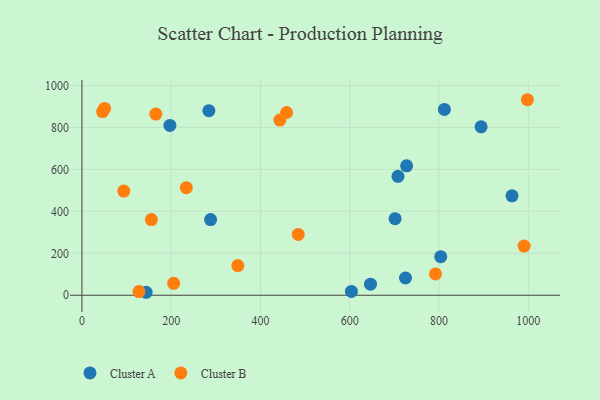
{"axis": {"x": "Experience", "y": "Salary"}, "legend": ["Cluster A", "Cluster B"], "data": [{"x": "284.4", "y": 879.9, "type": "Cluster A"}, {"x": "288.2", "y": 360.9, "type": "Cluster A"}, {"x": "894.2", "y": 802.8, "type": "Cluster A"}, {"x": "708.0", "y": 567.1, "type": "Cluster A"}, {"x": "724.8", "y": 82.2, "type": "Cluster A"}, {"x": "727.3", "y": 616.7, "type": "Cluster A"}, {"x": "646.4", "y": 52.6, "type": "Cluster A"}, {"x": "603.7", "y": 18.3, "type": "Cluster A"}, {"x": "701.5", "y": 364.8, "type": "Cluster A"}, {"x": "803.7", "y": 183.8, "type": "Cluster A"}, {"x": "963.4", "y": 473.8, "type": "Cluster A"}, {"x": "197.1", "y": 809.5, "type": "Cluster A"}, {"x": "812.0", "y": 885.6, "type": "Cluster A"}, {"x": "143.9", "y": 14.2, "type": "Cluster A"}, {"x": "50.7", "y": 890.7, "type": "Cluster B"}, {"x": "349.2", "y": 141.3, "type": "Cluster B"}, {"x": "458.5", "y": 871.1, "type": "Cluster B"}, {"x": "205.6", "y": 56.7, "type": "Cluster B"}, {"x": "990.5", "y": 234.2, "type": "Cluster B"}, {"x": "155.6", "y": 360.5, "type": "Cluster B"}, {"x": "93.8", "y": 496.6, "type": "Cluster B"}, {"x": "46.4", "y": 875.6, "type": "Cluster B"}, {"x": "127.8", "y": 17.4, "type": "Cluster B"}, {"x": "997.8", "y": 932.0, "type": "Cluster B"}, {"x": "165.6", "y": 863.4, "type": "Cluster B"}, {"x": "792.0", "y": 101.9, "type": "Cluster B"}, {"x": "233.9", "y": 512.6, "type": "Cluster B"}, {"x": "443.5", "y": 835.2, "type": "Cluster B"}, {"x": "484.5", "y": 289.9, "type": "Cluster B"}]}